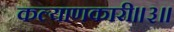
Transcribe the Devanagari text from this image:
कल्याणकारी॥३॥